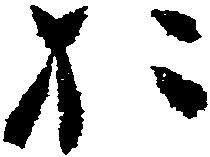
於